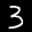
Label: 3